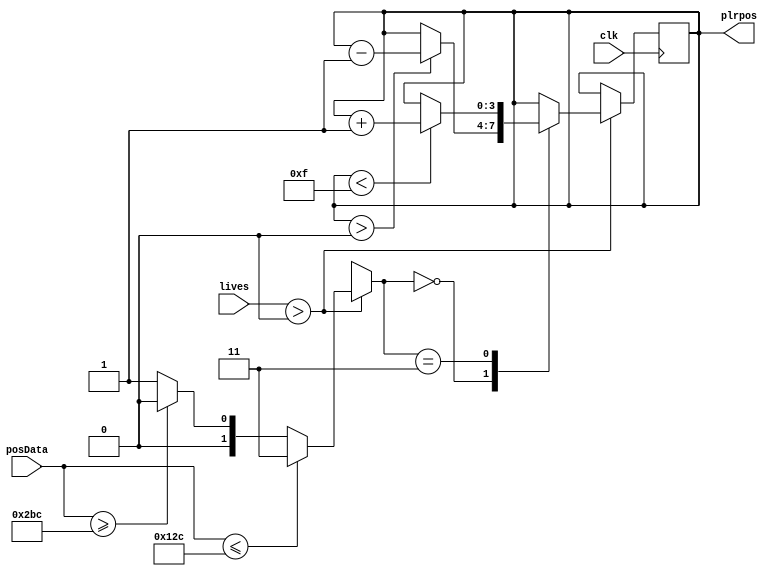
`timescale 1ns / 1ps
//////////////////////////////////////////////////////////////////////////////////
// Company: 
// Engineer: 
// 
// Design Name: 
// Module Name:    movement 
// Project Name: 
// Target Devices: 
// Tool versions: 
// Description: 
//
// Dependencies: 
//
// Revision: 
// Revision 0.01 - File Created
// Additional Comments: 
//
//////////////////////////////////////////////////////////////////////////////////

//{jstkData[9:8], jstkData[23:16]} : {jstkData[25:24], jstkData[39:32]};
module movement(
clk,
plrpos,
posData,
lives
    );
input [1:0] lives;
input [9:0] posData; // joystick movement
input clk;			 // updated based on this clock
output reg [3:0] plrpos;
reg [1:0] action;

initial
begin
plrpos = 8;
action = 2'b00;
end

always @(posedge clk)
begin
    if(lives > 0)
    begin
        //calculations here
        if(posData <= 300) action = 2'b11;
        else if(posData >=700) action = 2'b00;
        else action = 2'b01;
        
        case(action)
            2'b00: //left
            begin
                if (plrpos > 0) plrpos = plrpos - 1;
            end
            2'b01: //stay
            begin
            //debug here:
            end
            2'b11: //right
            begin
                if(plrpos < 15) plrpos = plrpos + 1;
            end
        endcase
    end
end


endmodule